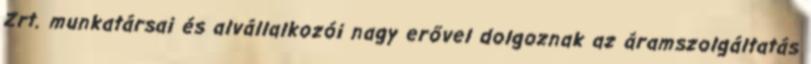
Zrt. munkatársai és alvállalkozói nagy erővel dolgoznak az áramszolgáltatás